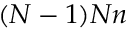
( N - 1 ) N n